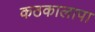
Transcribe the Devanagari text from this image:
कठकालापा